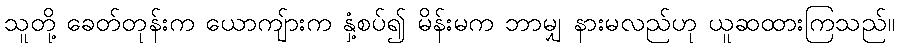
သူတို့ ခေတ်တုန်းက ယောကျ်ားက နှံ့စပ်၍ မိန်းမက ဘာမျှ နားမလည်ဟု ယူဆထားကြသည်။